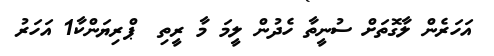
އަހަރެން ލާގޮތަށް ސުނީތާ ހެދުން ލީމަ މާ ރީތި  ޕްރިޔަންކާ1 އަހަރު